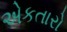
એકતારો